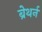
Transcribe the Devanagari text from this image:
ब्रेथर्न